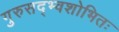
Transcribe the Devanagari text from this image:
गुरुसद्भ्वशोभितः